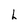
Character: h